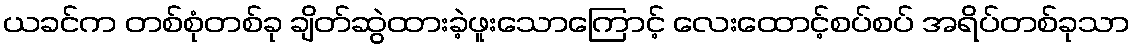
ယခင်က တစ်စုံတစ်ခု ချိတ်ဆွဲထားခဲ့ဖူးသောကြောင့် လေးထောင့်စပ်စပ် အရိပ်တစ်ခုသာ